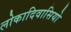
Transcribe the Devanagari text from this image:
लोकादिवासियो